Vital statistics of India. Vol. IV, Annual returns from 1871 to 1876. British Army of India, Native Army and jails of Bengal
Year: 1871
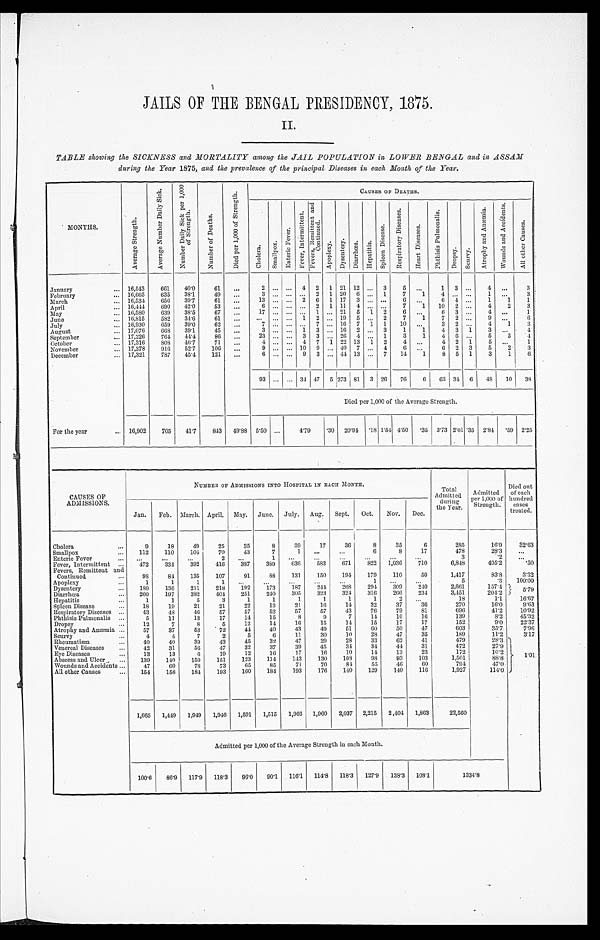
JAILS OF THE BENGAL PRESIDENCY, 1875.
II.
TABLE showing the SICKNESS and MORTALITY among the JAIL POPULATION in LOWER BENGAL and in ASSAM.
during the Year 1875, and the prevalence of the principal Diseases in each Month of the Year.
MONTHS.
A v e r a g e S t r e n g t h .
A v e r a g e N u m b e r D a i l y S i c k .
N u m b e r D a i l y S i c k p e r 1 , 0 0 0 o f S t r e n g t h .
N u m b e r o f D e a t h s .
D i e d p e r 1 , 0 0 0 o f S t e r n g t h .
C A U S E S O F D E A T H S .
C h o l e r a .
S m a l l p o x .
E n t e r i c F e v e r .
F e v e r , I n t e r m i t t e n t .
F e v e r , R e m i t t e n t a n d C o n t i n u e d .
A p o p l e x y . D y s e n t e r y . D i a r r h œ a . H e p a t i t i s .
S p l e e n D i s e a s e s .
R e s p i r a t o r y D i s e a s e s .
H e a r t D i s e a s e s .
P h t h i s i s p u l m o n a l i s .
D r o p s y .
S c u r v y .
A t r o p h y a n d A n æ m i a .
W o u n d s a n d A c c i d e n t s .
A l l o t h e r c a u s e s .
January
... 16,543
661
40.0
61
...
2 ... ... 4 2 1 21 12 ... 3
5 ...
1 3 ...
4 ...
3
February
... 16,665
635
38.1
49
...
3 ... ... ... 2 1 20 6 ... 1
7
1
4 ... ...
1 ...
3
March
. . . 16,534
656
39.7
61
...
13 ... ... 2 6 1 17 3 ... ...
6
. . .
6 4 ...
1
1
1
April
... 16,444
690
42.0
53
...
6 ... ... ... 2 1 11 4 ... ...
7
1
10 2 ...
4
2
3
May
... 16,580
639
38.5
67
...
17 ... ... ... 1 ... 21 5 1 2
6 ...
6 3 ...
4 ...
1
June
... 16,815
582
34.6
61
...
... ... ... 1 2 ... 19 5 ... 2
7
1
7 2 ...
9 ...
6
July
... 16,930
659
39.0
62
...
7
. . . . . . ... 7 ... 16 7 1 1
10
. . .
3 2 ...
4
1
3
August
... 17,076
668
39.1
45
...
3 ... ... 1 3 ... 16 2 ... 3
1
1
4 3 1
3 ...
4
September
... 17,226
764
4 4 . 4
86
...
23 ... ... 3 3 ... 26 4 ... 1
3
1
4 6 ...
5
3
4
October
... 17,316
808
46.7
71
...
4 ... ... 4 7 1 22 13 1 2
4 ...
4 2 1
5 ...
1
November
... 17,378
916
52.7
106
...
9 ... ... 10 9 ... 40 7 ... 4
6 ...
6 2 3
5
2
3
December
... 17,321
787
45.4
121
...
6 ... ... 9 3 ... 44 13 ... 7
14
1
8 5 1
3
1
6
93 ... ... 34 47 5 273 81 3 26
76
6
63 34 6
48
10
3 8
Died per 1,000 of the Average Strength.
For the year
... 16,902
705
41.7
843 49.88 5.50 ...
4.79
.30 20.94 .18 1.54 4.50 .35 3.73 2.01 .35 2.84
. 5 9 2.25
CAUSES OF
ADMISSIONS.
NUMBER OF ADMISSIONS INTO HOSPITAL IN EACH MONTH.
Total
Admitted during
the year.
Admitted
per 1,000 of
Strength.
Di ed out
of each
hundred
cases
treated.
Jan. Feb. March. April. May. June. July. Aug. Sept. Oct.
Nov. Dec.
Cholera
...
9
18
49
25
35
8
39
17
36
8
35
6
285
16.9
32.63
Smallpox
...
112
110
104
70
43
7
1
. . . ...
6
8
17
478
28.3
. . .
Enteric Fever
...
...
...
...
. . .
. . .
1 ...
...
...
...
...
...
3
. 2
. . .
Fever, Intermittent ...
472
334
392
416
387
389
636
583
671
822 1,036
710
6,848
405.2
.50
Fevers, Remittent and
Continued
...
9 8
84
135
107
91
88
131
150
194
179
110
50
1,417
83.8
3.32
Apoplexy
. . .
1
1
1
1
. . . ...
...
...
...
1
. . .
. ..
5
.3
100.00
Dysentery
...
189
136
211
218
192
173
187
244
268
294
309
240
2,661
157.4
5 . 7 9
Diarrhœa
...
209
197
382
404
251
240
3 0 5 323
324
316
266
234
3,451
204.2
Hepatitis
. . .
1
1
5
3
1
1
1
1
1
1
2
. . .
18
1.1
16.67
Spleen Disease
...
1 8
19
21
21
22
13
21
16
14
32
37
36
270
16.0
9.63
Respiratory Diseases ...
43
48
46
57
57
52
57
57
43
76
79
81
696
41.2
10.92
Phthisis Pulmoualis ...
5
11
13
17
14
15
8
9
7
14
10
16
139
8.2
45.32
Dropsy
...
1 2
7
8
5
12
14
16
15
14
15
17
17
152
9.0
22.37
Atrophy and Anæmia ...
57
37
53
72
44
40
43
49
51
6 0
50
47
603
35.7
7.96
Scurvy
...
4
4
7
2
5
6
11
30
10
28
47
35
189
11.2
3.17
Rheumatis
...
4 0
40
39
43
45
32
47
29
28
33
62
41
479
28.3
1.01
Venereal Diseases
...
42
31
56
47
32
37
39
45
34
34
44
31
472
27.9
Eye Disease
...
13
13
6
19
12
16
17
16
10
14
13
23
172
10.2
Abscess and Ulcer
...
139
140
159
151
123
114
143
130
108
98
93
103
1,501
88.8
Wounds and Accidents ...
47
60
78
73
65
85
71
70
84
55
46
60
794
47.0
All other Causes
...
154
158
184
193
160
184
193
176
140
129
140
116
1,927
114.0
1,665 1,449 1,949 1,946 1,591 1,515 1,966 1,960 2,037 2,215 2,404 1,863
22,560
Admitted per 1,000 of the Average Strength in each Month.
100.6 86.9 117.9 118.3 96.0 90.1 116.1 114.8 118.3 127.9 138.3 108.1
1 3 3 4 . 8